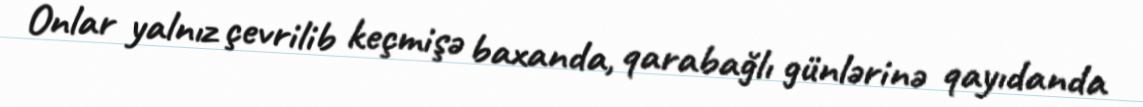
Onlar yalnız çevrilib keçmişə baxanda, qarabağlı günlərinə qayıdanda